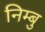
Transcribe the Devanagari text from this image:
निम्बु